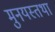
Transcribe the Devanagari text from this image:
मुनयस्तथा